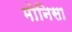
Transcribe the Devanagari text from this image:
मोनिसा